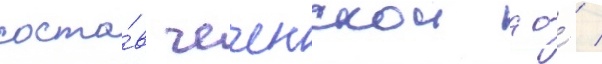
соста́в чеченскои ао́ /